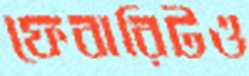
ফেবারিটও